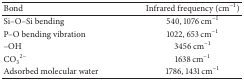
<table><thead><tr><td><b>Bond</b></td><td><b>Infrared frequency (cm<sup>−1</sup>)</b></td></tr></thead><tbody><tr><td>Si–O–Si bending</td><td>540, 1076 cm<sup>−1</sup></td></tr><tr><td>P–O bending vibration</td><td>1022, 653 cm<sup>−1</sup></td></tr><tr><td>–OH</td><td>3456 cm<sup>−1</sup></td></tr><tr><td>CO<sub>3</sub><sup>2−</sup></td><td>1638 cm<sup>−1</sup></td></tr><tr><td>Adsorbed molecular water</td><td>1786, 1431 cm<sup>−1</sup></td></tr></tbody></table>